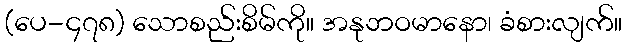
(ပေ-၄၇၈) သောစည်းစိမ်ကို။ အနုဘဝမာနော၊ ခံစားလျက်။